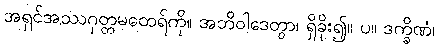
အရှင်အဿဂုတ္တမထေရ်ကို။ အဘိဝါဒေတွာ၊ ရှိခိုး၍။ ပ။ ဒက္ခိဏံ၊